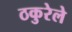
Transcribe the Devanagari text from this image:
ठकुरेले